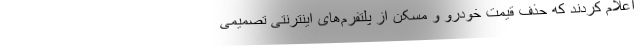
اعلام کردند که حذف قیمت خودرو و مسکن از پلتفرم‌های اینترنتی تصمیمی